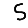
Digit: 5